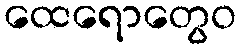
ထေရောတွေဝ